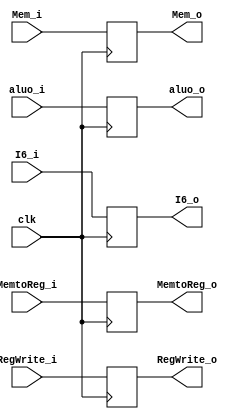
module MEM_WB_regf(MemtoReg_o, RegWrite_o, Mem_o, aluo_o, I6_o, 
 MemtoReg_i, RegWrite_i, Mem_i, aluo_i, I6_i, clk);
input MemtoReg_i, RegWrite_i, clk;
input [31:0] Mem_i, aluo_i, I6_i;
output MemtoReg_o, RegWrite_o;
output [31:0] Mem_o, aluo_o, I6_o;

reg MemtoReg_o, RegWrite_o;
reg [31:0]  Mem_o, aluo_o, I6_o;

always @(posedge clk)
begin
    MemtoReg_o=MemtoReg_i;
    RegWrite_o=RegWrite_i;
    Mem_o=Mem_i;
    aluo_o=aluo_i;
    I6_o=I6_i;
end





endmodule